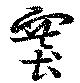
賽